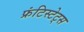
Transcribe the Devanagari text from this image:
फ्रंटिस्टेट्स